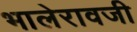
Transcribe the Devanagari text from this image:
भालेरावजी